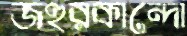
জহুরকান্দো